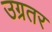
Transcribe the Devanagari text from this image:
उग्रतर